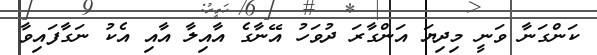
ކަންގަނާ ވަނީ މިދިޔަ އަންގާރަ ދުވަހު އޭނާގެ އާއިލާ އާއި އެކު ނަގާފައިވާ